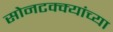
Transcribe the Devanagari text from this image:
सोनटक्क्यांच्या